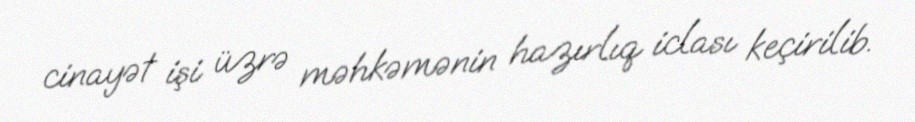
cinayət işi üzrə məhkəmənin hazırlıq iclası keçirilib.